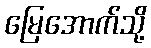
မြေအောက်သို့